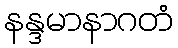
နန္ဒမာနာဂတံ